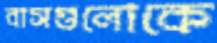
বাসগুলোকে